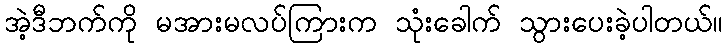
အဲ့ဒီဘက်ကို မအားမလပ်ကြားက သုံးခေါက် သွားပေးခဲ့ပါတယ်။